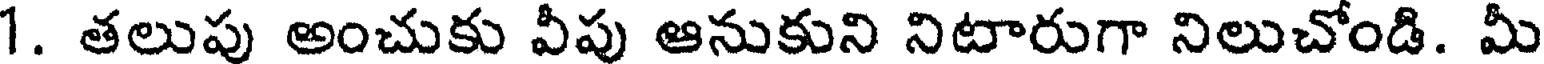
1. తలుపు అంచుకు వీపు ఆనుకుని నిటారుగా నిలుచోండి. మీ